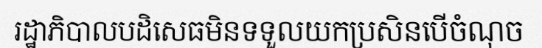
រដ្ឋាភិបាលបដិសេធមិនទទួលយកប្រសិនបើចំណុច